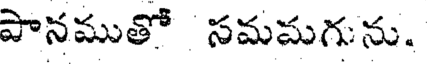
పానముతో సమమగును.